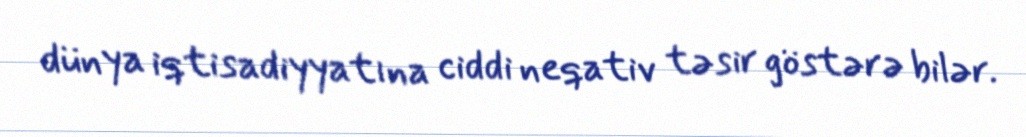
dünya iqtisadiyyatına ciddi neqativ təsir göstərə bilər.